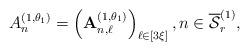
LaTeX: \begin{align*} A_n^{(1,\theta_1)}=\left(\mathbf{A}_{n,\ell}^{(1,\theta_1)}\right)_{\ell\in[3\xi]}, n\in\overline{\mathcal{S}}_r^{(1)},\end{align*}